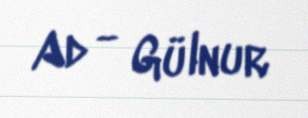
Ad - Gülnur